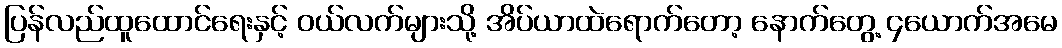
ပြန်လည်ထူထောင်ရေးနှင့် ဝယ်လက်များသို့ အိပ်ယာထဲရောက်တော့ နောက်တွေ့ ၄ယောက်အမေ